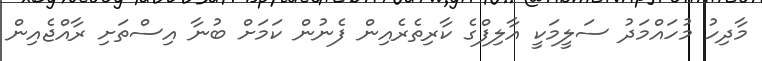
މާދިހު މުހައްމަދު ސަލީމަކީ އާލިފްގެ ކާރިތެރެއިން ފެނުން ކަމަށް ބުނާ އިސްތަށި ރާއްޖެއިން